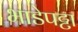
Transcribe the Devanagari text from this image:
भाडेपट्टा